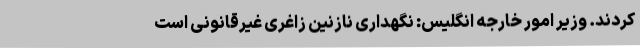
کردند. وزیر امور خارجه انگلیس: نگهداری نازنین زاغری غیرقانونی است